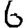
Digit: 6